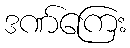
ဒဏ်ကြေး